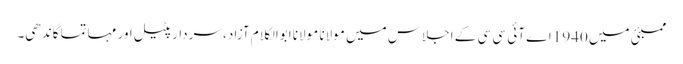
ممبئی میں 1940 اے آئی سی سی کے اجلاس میں مولانا مولانا ابوالکلام آزاد، سردارپٹیل اور مہاتما گاندھی۔